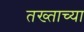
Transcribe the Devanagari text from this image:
तख्ताच्या